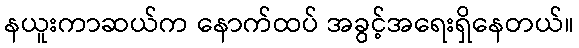
နယူးကာဆယ်က နောက်ထပ် အခွင့်အရေးရှိနေတယ်။